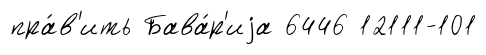
пра́в'ить Бава́р'иjа 6446 12111-101